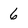
Character: 6